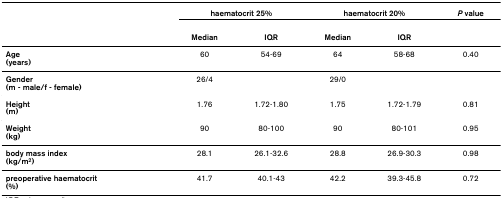
<table><thead><tr><td>[EMPTY_CELL]</td><td colspan="2"><b>haematocrit 25%</b></td><td colspan="2"><b>haematocrit 20%</b></td><td><b><i>P </i>value</b></td></tr><tr><td>[EMPTY_CELL]</td><td><b>Median</b></td><td><b>IQR</b></td><td><b>Median</b></td><td><b>IQR</b></td><td>[EMPTY_CELL]</td></tr></thead><tbody><tr><td><b>Age</b><b>(years)</b></td><td>60</td><td>54-69</td><td>64</td><td>58-68</td><td>0.40</td></tr><tr><td><b>Gender</b><b>(m - male/f - female)</b></td><td>26/4</td><td>[EMPTY_CELL]</td><td>29/0</td><td>[EMPTY_CELL]</td><td>[EMPTY_CELL]</td></tr><tr><td><b>Height</b><b>(m)</b></td><td>1.76</td><td>1.72-1.80</td><td>1.75</td><td>1.72-1.79</td><td>0.81</td></tr><tr><td><b>Weight</b><b>(kg)</b></td><td>90</td><td>80-100</td><td>90</td><td>80-101</td><td>0.95</td></tr><tr><td><b>body mass index</b><b>(kg/m<sup>2</sup>)</b></td><td>28.1</td><td>26.1-32.6</td><td>28.8</td><td>26.9-30.3</td><td>0.98</td></tr><tr><td><b>preoperative haematocrit</b><b>(%)</b></td><td>41.7</td><td>40.1-43</td><td>42.2</td><td>39.3-45.8</td><td>0.72</td></tr></tbody></table>